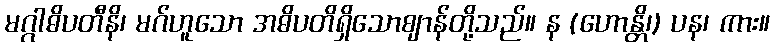
မဂ္ဂါဓိပတီနိ၊ မဂ်ဟူသော အဓိပတိရှိသောဈာန်တို့သည်။ န (ဟောန္တိ၊) ပန၊ ကား။